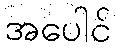
အပေါင်